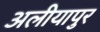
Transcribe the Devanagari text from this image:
अलीयापुर